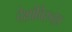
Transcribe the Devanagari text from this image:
देशांविरुद्ध